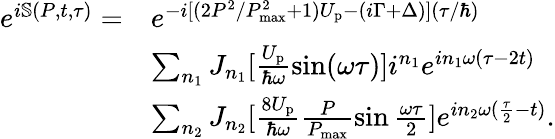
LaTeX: \begin{array}{rl}{e^{i\mathbb{S}(P,t,\tau)}=}&{e^{-i[({2P^{2}}/{P_{\mathrm{max}}^{2}}+1)U_{\mathrm{p}}-(i\Gamma+\Delta)]({\tau}/{\hbar})}}\\ &{\sum_{n_{1}}J_{n_{1}}[\frac{U_{\mathrm{p}}}{\hbar\omega}\sin(\omega\tau)]i^{n_{1}}e^{in_{1}\omega(\tau-2t)}}\\ &{\sum_{n_{2}}J_{n_{2}}[\frac{8U_{\mathrm{p}}}{\hbar\omega}\frac{P}{P_{\mathrm{max}}}\sin\frac{\omega\tau}{2}]e^{in_{2}\omega(\frac{\tau}{2}-t)}.}\end{array}